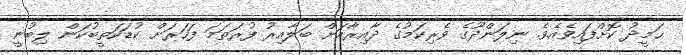
ޙަމީދު ކޮށްފައިވެއެވެ. ނިލަންދޫގެ ވެރިކަމުގެ ދާއިރާއަށް ބަލާއިރު ފުރަތަމަ ފަހަރަށް ކުޑަކަތީބުކަން ލިބުނީ